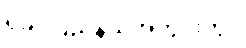
ရခိုင်ပြည်နယ်အတွင်းတွင်